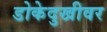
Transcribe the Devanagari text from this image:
डोकेदुखीवर